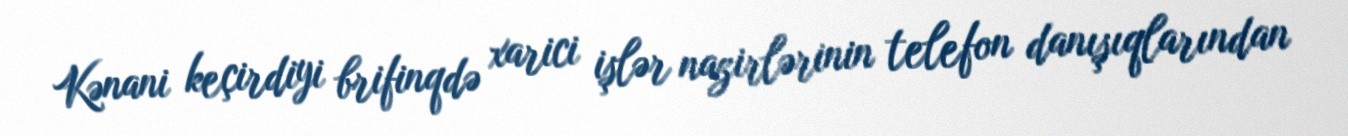
Kənani keçirdiyi brifinqdə xarici işlər nazirlərinin telefon danışıqlarından